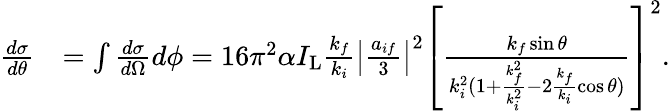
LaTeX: \begin{array}{rl}{\frac{d\sigma}{d\theta}}&{=\int\frac{d\sigma}{d\Omega}d\phi=16\pi^{2}\alpha I_{\mathrm{L}}\frac{k_{f}}{k_{i}}\left\vert\frac{a_{if}}{3}\right\vert^{2}\left[\frac{k_{f}\sin\theta}{k_{i}^{2}(1+\frac{k_{f}^{2}}{k_{i}^{2}}-2\frac{k_{f}}{k_{i}}\cos\theta)}\right]^{2}.}\end{array}